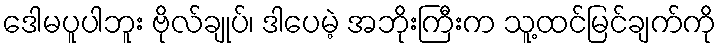
ဒေါမပူပါဘူး ဗိုလ်ချုပ်၊ ဒါပေမဲ့ အဘိုးကြီးက သူ့ထင်မြင်ချက်ကို